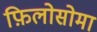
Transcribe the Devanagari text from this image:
फ़िलोसोमा